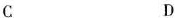
C D